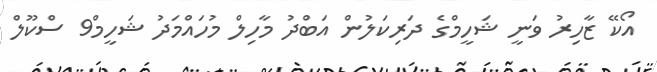
އޯކޭ ޒާހިރު ވަނީ ޝަހީމްގެ ދަރިކަލުން އަބްދު މާހިލް މުހައްމަދު ޝަހީމް9 ސްކޫލް